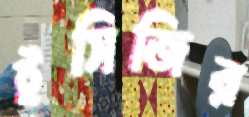
ইসিজির